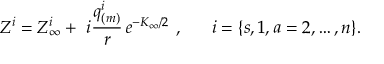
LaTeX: Z ^ { i } = Z _ { \infty } ^ { i } + ~ i { \frac { q _ { ( m ) } ^ { i } } { r } } \, e ^ { - K _ { \infty } / 2 } \ , ~ ~ ~ ~ ~ i = \{ s , 1 , a = 2 , \dots , n \} .